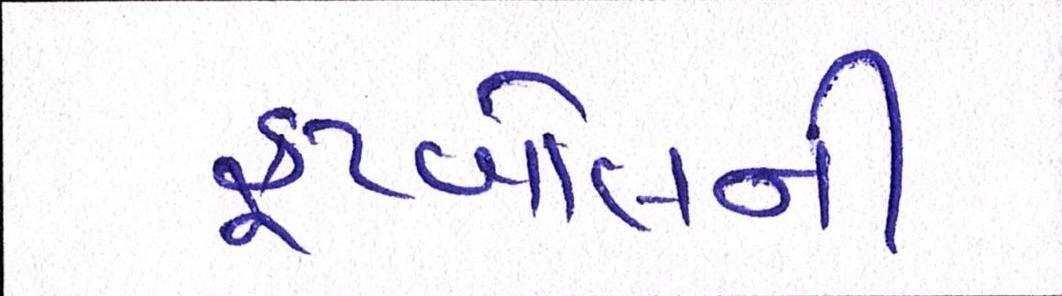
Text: ફૂટબોલની